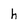
Character: h